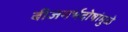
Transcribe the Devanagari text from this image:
बीजगर्भदोषांमुळे